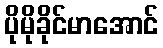
ပိုမိုခိုင်မာအောင်